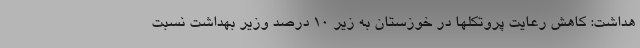
هداشت: کاهش رعایت پروتکلها در خوزستان به زیر ۱۰ درصد وزیر بهداشت نسبت